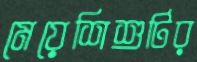
মেয়েশিশুটির